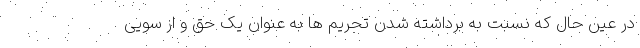
در عین حال که نسبت به برداشته شدن تحریم ها به عنوان یک حق و از سویی